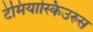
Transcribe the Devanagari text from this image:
टेमियास्किउरुस